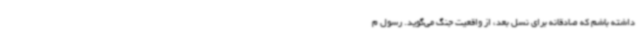
داشته باشم که صادقانه برای نسل بعد، از واقعیت جنگ می‌گوید. رسول م